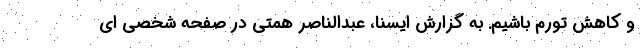
و کاهش تورم باشیم. به گزارش ایسنا، عبدالناصر همتی در صفحه شخصی ای